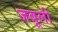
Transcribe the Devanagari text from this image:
जबूली